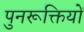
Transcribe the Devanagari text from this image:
पुनरूक्तियों